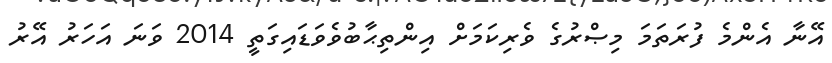
އޭނާ އެންމެ ފުރަތަމަ މިޞްރުގެ ވެރިކަމަށް އިންތިޙާބުވެވަޑައިގަތީ 2014 ވަނަ އަހަރު އޭރު